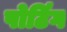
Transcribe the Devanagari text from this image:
पोर्टिंग